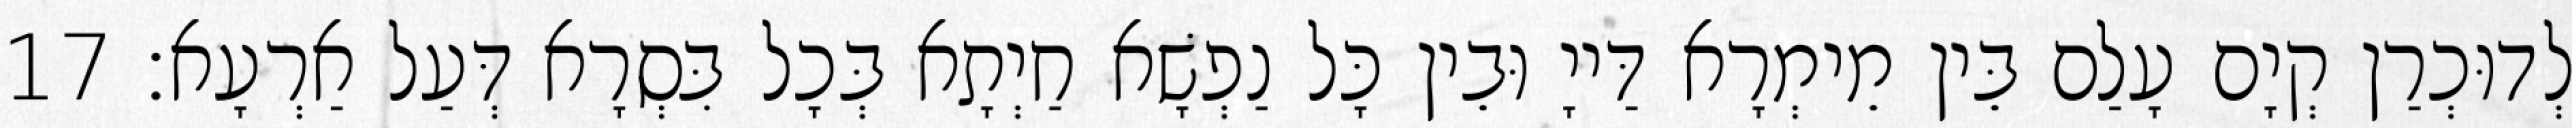
לְדוּכְרַן קְיָם עָלַם בֵּין מֵימְרָא דַּייָ וּבֵין כָּל נַפְשָׁא חַיְתָא בְּכָל בִּסְרָא דְּעַל אַרְעָא׃ 17